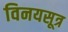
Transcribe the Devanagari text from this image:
विनयसूत्र